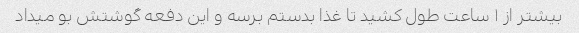
بیشتر از ١ ساعت طول کشید تا غذا بدستم برسه و این دفعه گوشتش بو میداد